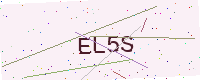
Text: EL5S